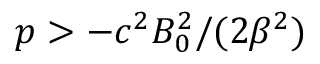
p > - c ^ { 2 } B _ { 0 } ^ { 2 } / ( 2 \beta ^ { 2 } )